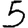
Digit: 5